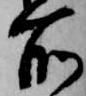
所